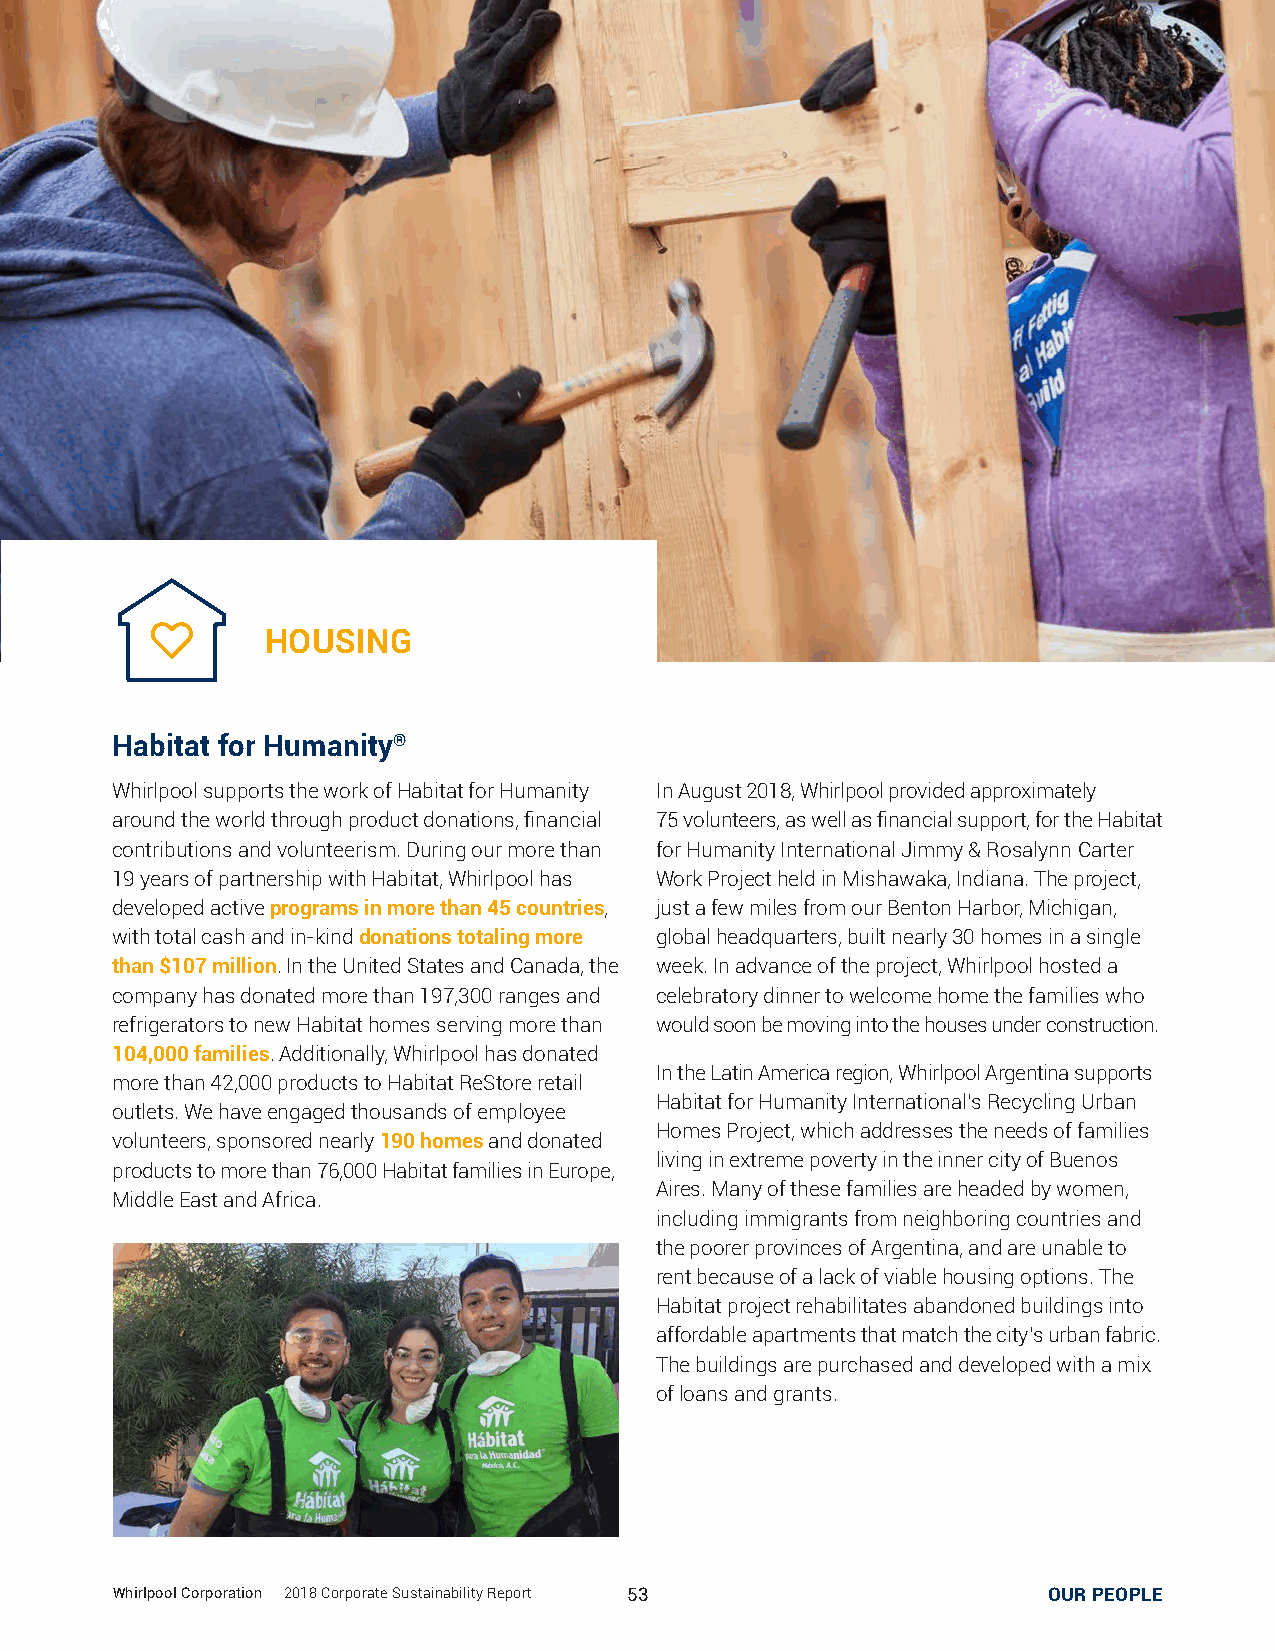
HOUSING
 Habitat for Humanity®
 Whirlpool supports the work of Habitat for Humanity In August 2018, Whirlpool provided approximately
 around the world through product donations, financial 75 volunteers, as well as financial support, for the Habitat
 contributions and volunteerism. During our more than for Humanity International Jimmy & Rosalynn Carter
 19 years of partnership with Habitat, Whirlpool has Work Project held in Mishawaka, Indiana. The project,
 developed active programs in more than 45 countries, just a few miles from our Benton Harbor, Michigan,
 with total cash and in-kind donations totaling more global headquarters, built nearly 30 homes in a single
 than $107 million. In the United States and Canada, the week. In advance of the project, Whirlpool hosted a
 company has donated more than 197,300 ranges and celebratory dinner to welcome home the families who
 refrigerators to new Habitat homes serving more than would soon be moving into the houses under construction.
 104,000 families. Additionally, Whirlpool has donated
 In the Latin America region, Whirlpool Argentina supports
 more than 42,000 products to Habitat ReStore retail
 Habitat for Humanity International’s Recycling Urban
 outlets. We have engaged thousands of employee
 Homes Project, which addresses the needs of families
 volunteers, sponsored nearly 190 homes and donated
 living in extreme poverty in the inner city of Buenos
 products to more than 76,000 Habitat families in Europe,
 Aires. Many of these families are headed by women,
 Middle East and Africa.
 including immigrants from neighboring countries and
 the poorer provinces of Argentina, and are unable to
 rent because of a lack of viable housing options. The
 Habitat project rehabilitates abandoned buildings into
 affordable apartments that match the city’s urban fabric.
 The buildings are purchased and developed with a mix
 of loans and grants.
 WWhhiirrllppooooll CCoorrppoorraattiioonn || 22001188 CCoorrppoorraattee SSuussttaaiinnaabbiilliittyy RReeppoorrtt 5533 SUSTAINABLEO UPRR OPDEUOCPTLSE